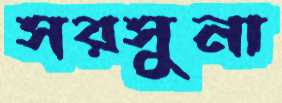
সরসুনা